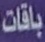
باقات